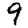
Digit: 9